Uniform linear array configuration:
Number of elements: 64
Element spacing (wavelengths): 1
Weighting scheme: hann
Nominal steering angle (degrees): -45
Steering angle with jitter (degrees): -45.941
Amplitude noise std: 0.05
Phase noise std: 0.05

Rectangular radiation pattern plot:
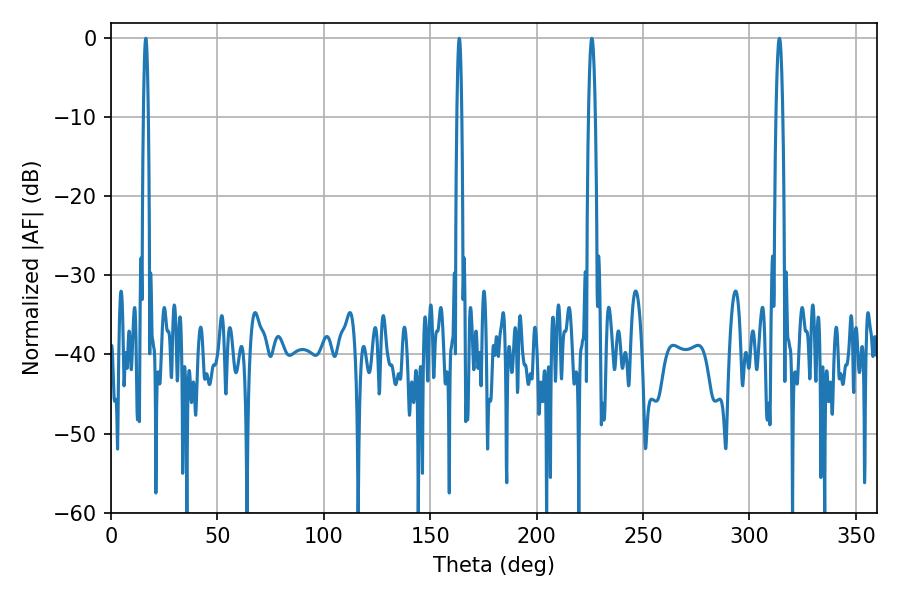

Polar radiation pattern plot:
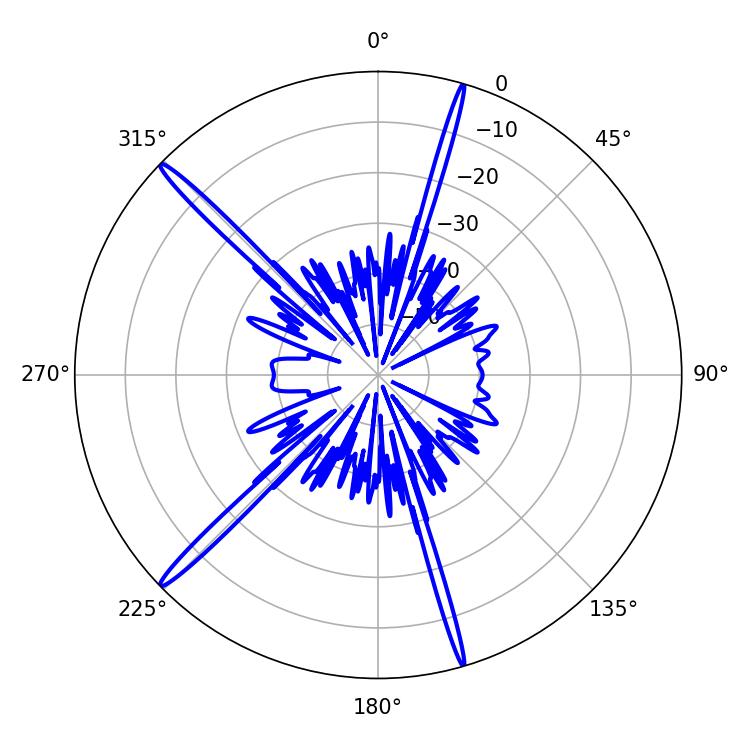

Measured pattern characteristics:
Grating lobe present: TRUE
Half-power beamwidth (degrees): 1.62
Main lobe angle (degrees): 225.9